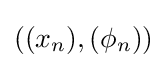
((x_{n}),(\phi _{n}))